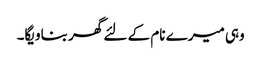
وہی میرے نام کے لئے گھر بناویگا۔